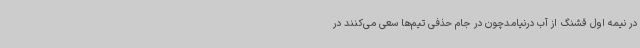
در نیمه اول قشنگ از آب درنیامدچون در جام حذفی تیم‌ها سعی می‌کنند در